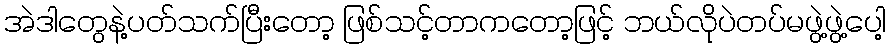
အဲဒါတွေနဲ့ပတ်သက်ပြီးတော့ ဖြစ်သင့်တာကတော့ဖြင့် ဘယ်လိုပဲတပ်မဖွဲ့ဖွဲ့ပေါ့